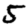
Digit: 5